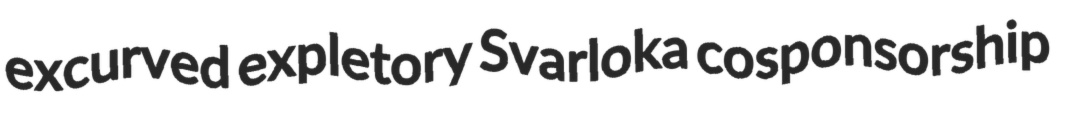
excurved expletory Svarloka cosponsorship